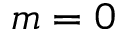
m = 0